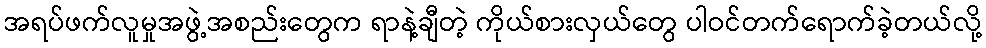
အရပ်ဖက်လူမှုအဖွဲ့အစည်းတွေက ရာနဲ့ချီတဲ့ ကိုယ်စားလှယ်တွေ ပါဝင်တက်ရောက်ခဲ့တယ်လို့